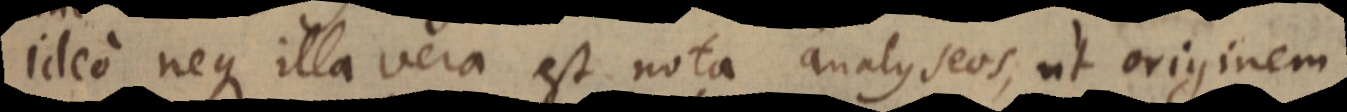
ideo neque illa vera est nota analyseos, ut originem